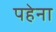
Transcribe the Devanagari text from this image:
पहेना